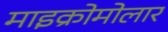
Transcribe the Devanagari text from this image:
माइक्रोमोलार